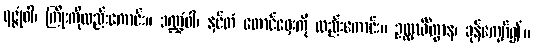
ရဇ္ဇုံဝါ၊ ကြိုးကိုလည်းကောင်း။ ဒဏ္ဍံဝါ၊ နှင်တံ တောင်ဝှေးကို လည်းကောင်း။ ဥလ္လင်္ဃိတွာန၊ ခုန်ကျော်၍။